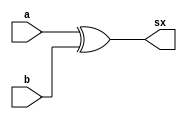
// ------------------------- 
// Exemplo0032 - SUM/SUB 
// Nome: Guilherme Andrade Salum Terra 
// ------------------------- 

// ------------------------- 
// sum/sub
// ------------------------- 


// descrever por portas 

module xorGate (output sx,
					 input a,
					 input b);
assign sx = (a ^ b);
endmodule // xorGate

module fullAdder (output s,
						output cout,
					 	input a,
					 	input b,
						input cin);
assign s = ((a ^ b) ^ cin);
assign cout = ((a & b) | (a & cin) | (b & cin));
endmodule // fullAdder

module xnorGate (output i,
					  input a,
					  input b);
assign i = ~(a ^ b);
endmodule // xnorGate

module test_sumsub; 
// ------------------------- definir dados 
	reg a; 
	reg b;
	reg op;
	wire s0; 
	wire s1;
	xorGate bonanza (sx1, b, op);
	fullAdder danubio (s0, cout, sx1, a, op);
	xorGate bilara (s1, cout, op);
	xnorGate fox (i, s0, s1);

// ------------------------- parte principal 
initial begin 
	$display("Exemplo0032 - Guilherme Terra - 427407"); 
	$display("Test ALU's sum/sub"); 

	a = 1'b0; b = 1'b0; op = 1'b0;
#1	$display("\n%b (+ ou -) %b com op %b = %b%b igual a 0? %b", a, b, op, s1, s0, i);
	a = 1'b0; b = 1'b1; op = 1'b0;
#1	$display("\n%b (+ ou -) %b com op %b = %b%b igual a 0? %b", a, b, op, s1, s0, i);
	a = 1'b1; b = 1'b0; op = 1'b0;
#1	$display("\n%b (+ ou -) %b com op %b = %b%b igual a 0? %b", a, b, op, s1, s0, i);
	a = 1'b1; b = 1'b1; op = 1'b0;
#1	$display("\n%b (+ ou -) %b com op %b = %b%b igual a 0? %b", a, b, op, s1, s0, i);
	a = 1'b1; b = 1'b0; op = 1'b1;
#1	$display("\n%b (+ ou -) %b com op %b = %b%b igual a 0? %b", a, b, op, s1, s0, i);
	a = 1'b1; b = 1'b1; op = 1'b1;
#1	$display("\n%b (+ ou -) %b com op %b = %b%b igual a 0? %b", a, b, op, s1, s0, i);

end 

endmodule // test_sumsub 

/*
testes

Test ALU's sum/sub

0 (+ ou -) 0 com op 0 = 00 igual a 0? 1

0 (+ ou -) 1 com op 0 = 01 igual a 0? 0

1 (+ ou -) 0 com op 0 = 01 igual a 0? 0

1 (+ ou -) 1 com op 0 = 10 igual a 0? 0

1 (+ ou -) 0 com op 1 = 01 igual a 0? 0

1 (+ ou -) 1 com op 1 = 00 igual a 0? 1
*/